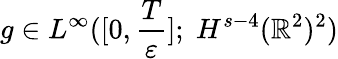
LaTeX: g\in L^{\infty}([0,\frac{T}{\varepsilon}];\; H^{s-4}(\mathbb{R}^{2})^{2})